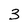
Character: 3